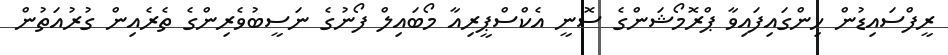
ރީފްސައިޑުން ހިންގައިފައިވާ ޕްރޮމޯޝަންގެ ސޮނީ އެކްސްޕީރިއާ މޯބައިލް ފޯނުގެ ނަސީބުވެރިންގެ ތެރެއިން ގުރުއަތުން